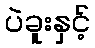
ပဲခူးနှင့်